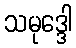
သမုဒ္ဒေါ